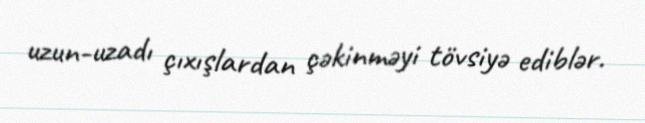
uzun-uzadı çıxışlardan çəkinməyi tövsiyə ediblər.